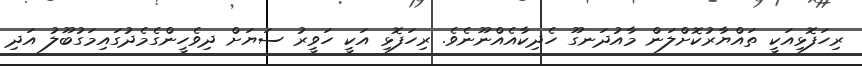
ރިހަފޮޅިއަކީ ތައްޔާރުކޮށްލަން މާއުދަނގޫ ހެދިކާއެއްނޫނެވެ. ރިހަފޮޅި އަކީ ހަވީރު ސަޔަށް ދިވެހީންގެމެދުގައިމަގުބޫލު އަދި